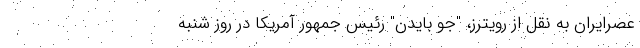
عصرایران به نقل از رویترز، "جو بایدن" رئیس جمهور آمریکا در روز شنبه